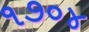
૧૭૦૪